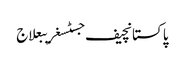
پاکستانچیف جسٹسغریبعلاج